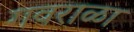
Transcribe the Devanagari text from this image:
गवराळा